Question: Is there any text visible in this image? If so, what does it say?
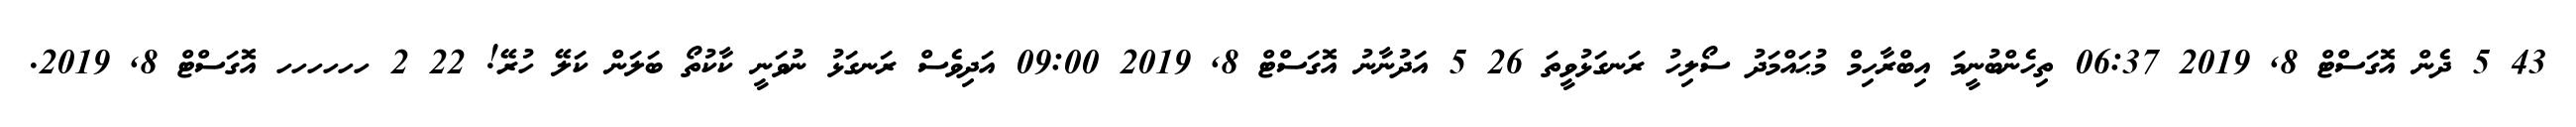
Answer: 43 5 ދެން އޮގަސްޓް 8, 2019 06:37 ތިހެންބުނީމަ އިބްރާހިމް މުޙައްމަދު ސޯލިހު ރަނގަޅުވީތަ 26 5 އަދުނާނު އޮގަސްޓް 8, 2019 09:00 އަދިވެސް ރަނގަޅު ނުވަނީ ކާކުތޯ ބަލަން ކަލޭ ހުރޭ! 22 2 ހހހހހހ އޮގަސްޓް 8, 2019.